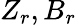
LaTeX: Z_{r},B_{r}